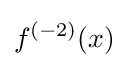
f^{(-2)}(x)